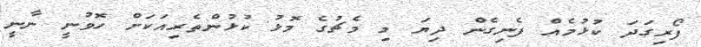
ފޯރިގަދަ ކުޅުމެއް ފެނިގެން ދިޔަ މި މެޗުގެ މޮޅު ކުޅުންތެރިއަކަށް ހޮވުނީ ނާނީ